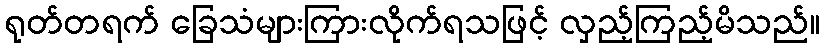
ရုတ်တရက် ခြေသံများကြားလိုက်ရသဖြင့် လှည့်ကြည့်မိသည်။